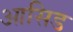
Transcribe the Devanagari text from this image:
आसिड